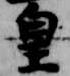
皇